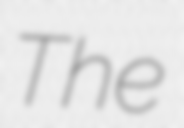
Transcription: The